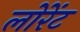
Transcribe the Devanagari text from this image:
लोरेंट